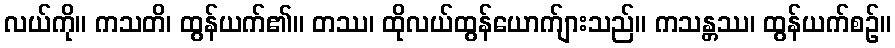
လယ်ကို။ ကသတိ၊ ထွန်ယက်၏။ တဿ၊ ထိုလယ်ထွန်ယောက်ျားသည်။ ကသန္တဿ၊ ထွန်ယက်စဉ်။